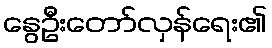
နွေဦးတော်လှန်ရေး၏